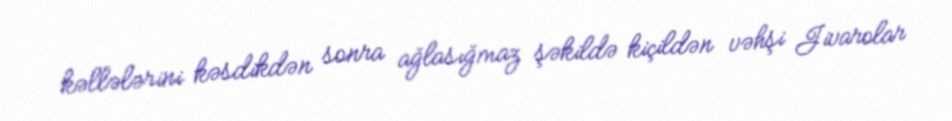
kəllələrini kəsdikdən sonra ağlasığmaz şəkildə kiçildən vəhşi Jivarolar